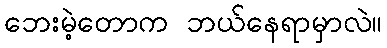
ဘေးမဲ့တောက ဘယ်နေရာမှာလဲ။